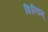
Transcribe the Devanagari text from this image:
शिल्पिन्